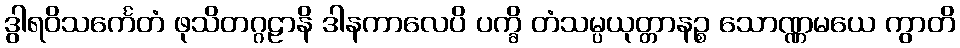
ဒွါရဝိသင်္ကေတံ ဖုသိတဂ္ဂဠာနိ ဒါနကာလေပိ ပက္ခိ တံသမ္ပယုတ္တာနဉ္စ သောဏ္ဏမယေ ကွာတိ